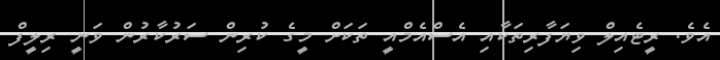
އެވެ. ރީޓެއިލް ވިޔަފާރިތަކާއި އެސްއެމްއީ ތަކަށް މީގެ ކުރިން ސަރުކާރުން ވަނީ ރިލީފް